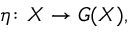
\eta \colon X \to G ( X ) ,